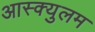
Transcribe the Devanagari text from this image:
आस्क्युलम